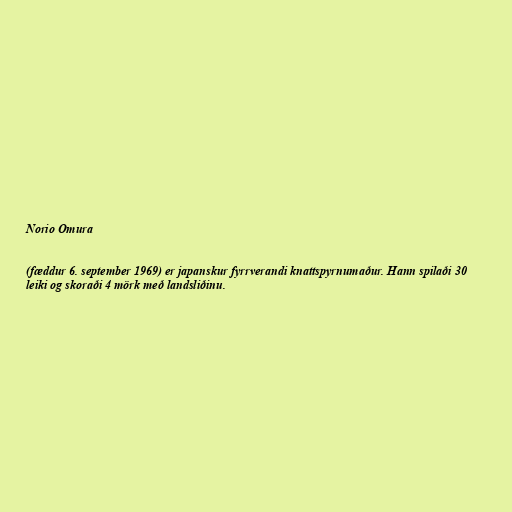
Norio Omura

(fæddur 6. september 1969) er japanskur fyrrverandi knattspyrnumaður. Hann spilaði 30
leiki og skoraði 4 mörk með landsliðinu.